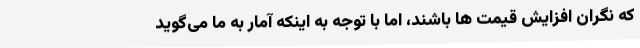
که نگران افزایش قیمت ها باشند، اما با توجه به اینکه آمار به ما می‌گوید